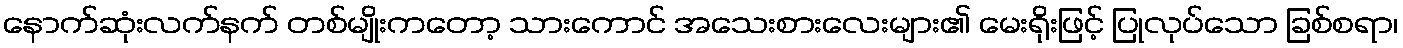
နောက်ဆုံးလက်နက် တစ်မျိုးကတော့ သားကောင် အသေးစားလေးများ၏ မေးရိုးဖြင့် ပြုလုပ်သော ခြစ်စရာ၊